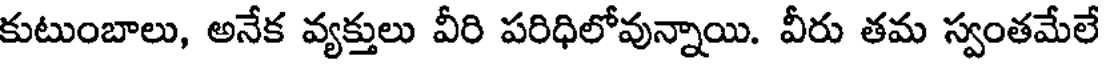
కుటుంబాలు, అనేక వ్యక్తులు వీరి పరిధిలోవున్నాయి. వీరు తమ స్వంతమేలే